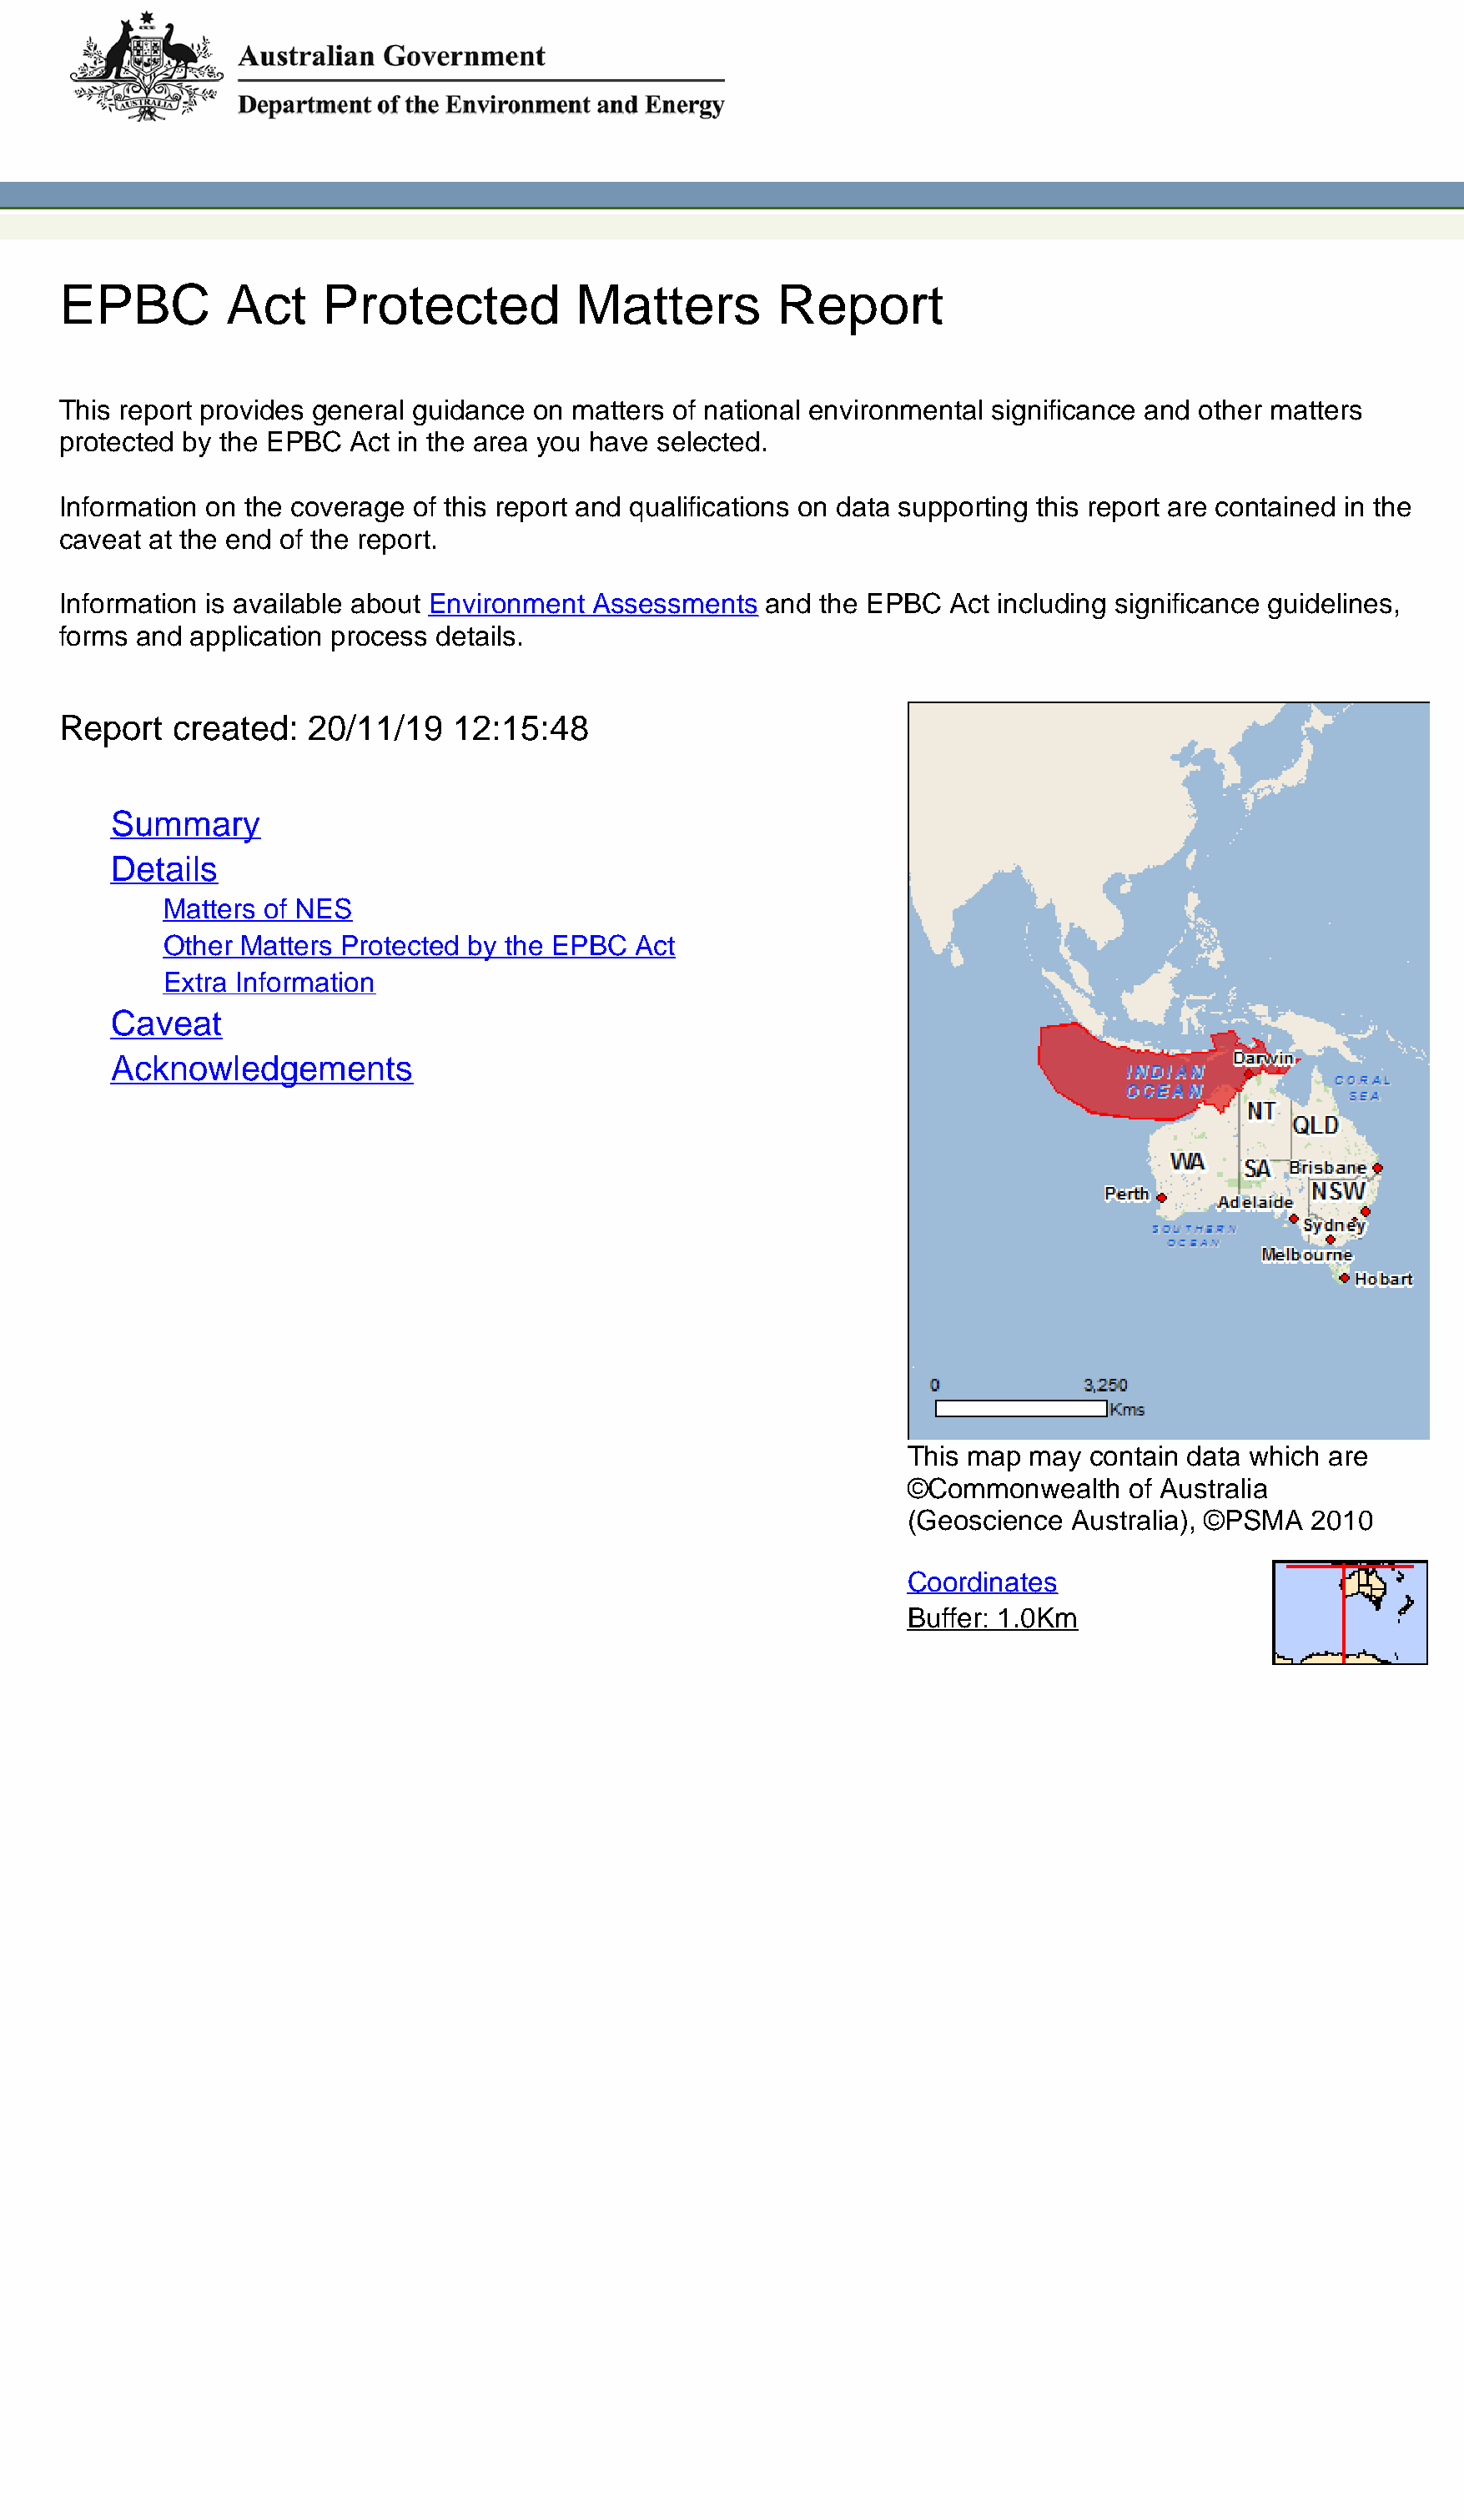
EPBC         Act     Protected           Matters         Report
 This report provides general guidance on matters of national environmental significance and other matters
 protected by the EPBC  Act in the area you have selected.
 Information on the coverage of this report and qualifications on data supporting this report are contained in the
 caveat at the end of the report.
 Information is available about Environment Assessments  and the EPBC  Act including significance guidelines,
 forms and application process details.
 Report   created:  20/11/19    12:15:48
 Summary
 Details
 Matters of NES
 Other Matters Protected by the EPBC  Act
 Extra Information
 Caveat
 Acknowledgements
 This map  may contain data which are
 ©Commonwealth     of Australia
 (Geoscience  Australia), ©PSMA  2010
 Coordinates
 Buffer: 1.0Km